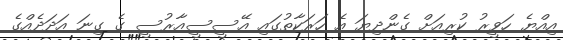
އިއްޔެ ހަވީރު ކުރިއަށް ގެންދިޔަ އެ ހަރަކާތުގައި އޭސީސީއާރުސީ ގެ ގިނަ އަދަދެއްގެ